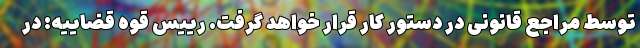
توسط مراجع قانونی در دستور کار قرار خواهد گرفت. رییس قوه قضاییه: در